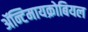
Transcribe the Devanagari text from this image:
ॲन्टिमायक्रोबियल